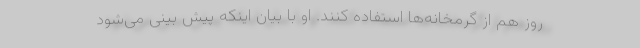
روز هم از گرمخانه‌ها استفاده کنند. او با بیان اینکه پیش بینی می‌شود